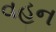
વહન